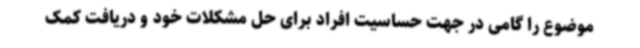
موضوع را گامی در جهت حساسیت افراد برای حل مشکلات خود و دریافت کمک